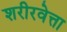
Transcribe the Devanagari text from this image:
शरीरवेत्ता